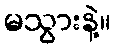
မသွားနဲ့။